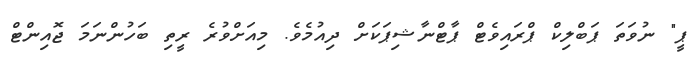
ޕީ" ނުވަތަ ޕަބްލިކް ޕްރައިވެޓް ޕާޓްނާޝިޕަކަަށް ދިއުމެވެ. މިއަށްވުރެ ރީތި ބަހުންނަމަ ޖޮއިންޓް